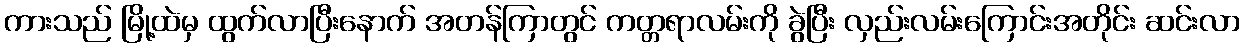
ကားသည် မြို့ထဲမှ ထွက်လာပြီးနောက် အတန်ကြာတွင် ကတ္တရာလမ်းကို ခွဲပြီး လှည်းလမ်းကြောင်းအတိုင်း ဆင်းလာ